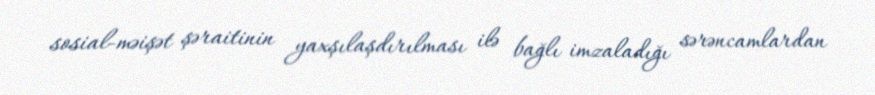
sosial-məişət şəraitinin yaxşılaşdırılması ilə bağlı imzaladığı sərəncamlardan